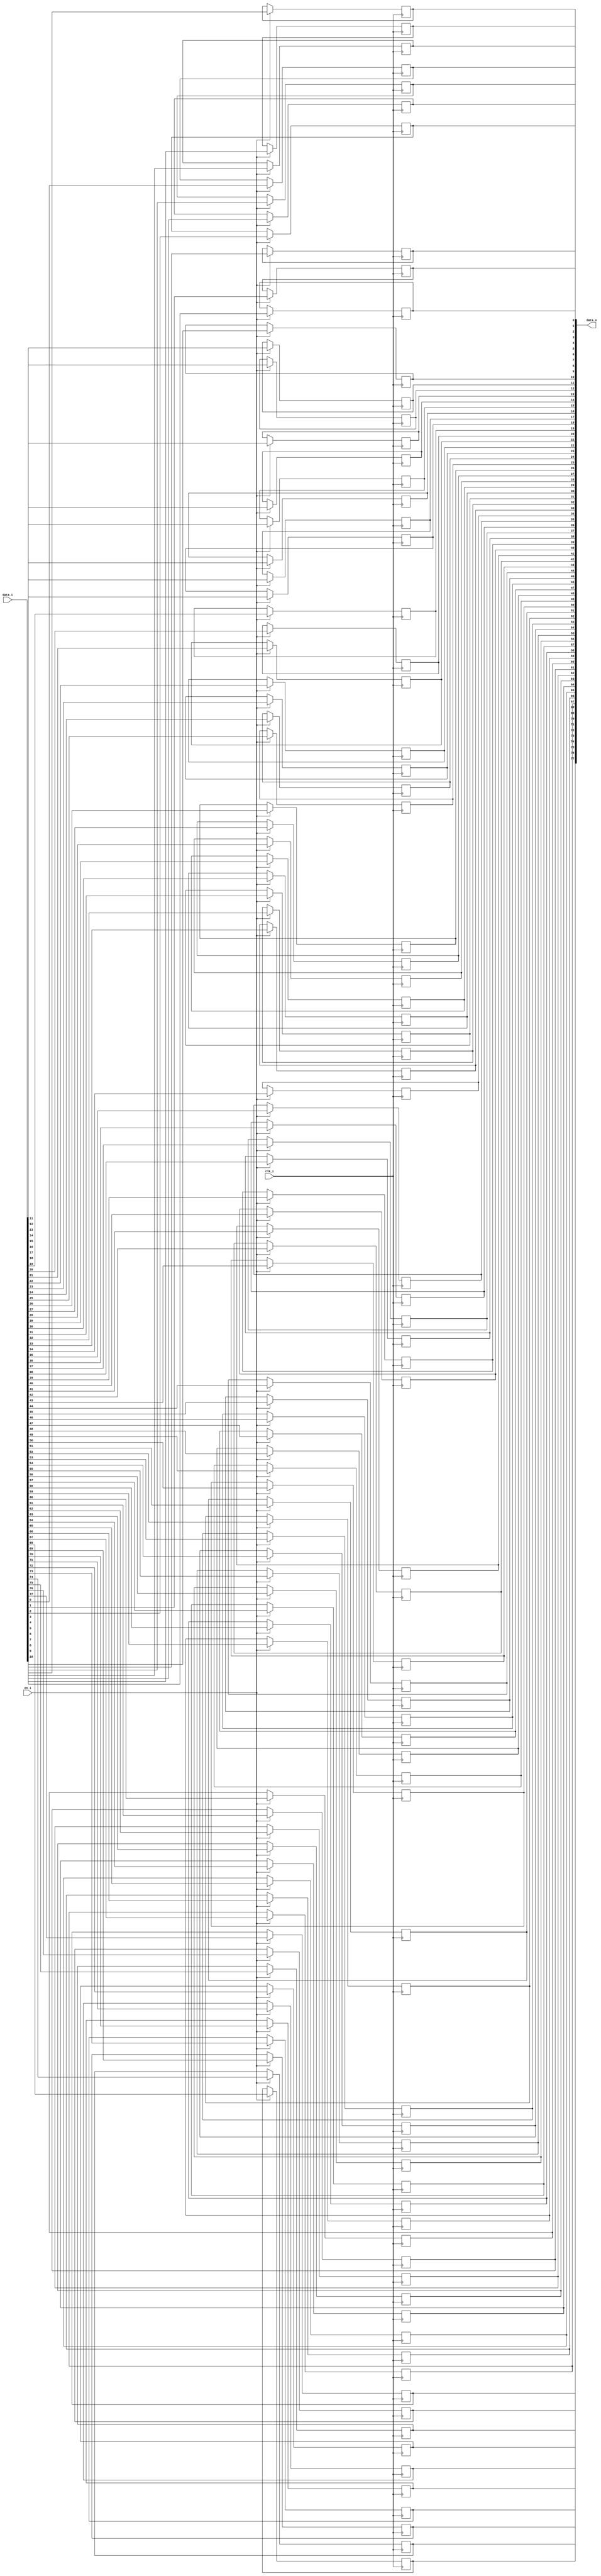
// This program was cloned from: https://github.com/NYU-MLDA/OpenABC
// License: BSD 3-Clause "New" or "Revised" License

module bsg_dff_en_width_p78
(
  clk_i,
  data_i,
  en_i,
  data_o
);

  input [77:0] data_i;
  output [77:0] data_o;
  input clk_i;
  input en_i;
  wire [77:0] data_o;
  reg data_o_77_sv2v_reg,data_o_76_sv2v_reg,data_o_75_sv2v_reg,data_o_74_sv2v_reg,
  data_o_73_sv2v_reg,data_o_72_sv2v_reg,data_o_71_sv2v_reg,data_o_70_sv2v_reg,
  data_o_69_sv2v_reg,data_o_68_sv2v_reg,data_o_67_sv2v_reg,data_o_66_sv2v_reg,
  data_o_65_sv2v_reg,data_o_64_sv2v_reg,data_o_63_sv2v_reg,data_o_62_sv2v_reg,
  data_o_61_sv2v_reg,data_o_60_sv2v_reg,data_o_59_sv2v_reg,data_o_58_sv2v_reg,data_o_57_sv2v_reg,
  data_o_56_sv2v_reg,data_o_55_sv2v_reg,data_o_54_sv2v_reg,data_o_53_sv2v_reg,
  data_o_52_sv2v_reg,data_o_51_sv2v_reg,data_o_50_sv2v_reg,data_o_49_sv2v_reg,
  data_o_48_sv2v_reg,data_o_47_sv2v_reg,data_o_46_sv2v_reg,data_o_45_sv2v_reg,
  data_o_44_sv2v_reg,data_o_43_sv2v_reg,data_o_42_sv2v_reg,data_o_41_sv2v_reg,
  data_o_40_sv2v_reg,data_o_39_sv2v_reg,data_o_38_sv2v_reg,data_o_37_sv2v_reg,data_o_36_sv2v_reg,
  data_o_35_sv2v_reg,data_o_34_sv2v_reg,data_o_33_sv2v_reg,data_o_32_sv2v_reg,
  data_o_31_sv2v_reg,data_o_30_sv2v_reg,data_o_29_sv2v_reg,data_o_28_sv2v_reg,
  data_o_27_sv2v_reg,data_o_26_sv2v_reg,data_o_25_sv2v_reg,data_o_24_sv2v_reg,
  data_o_23_sv2v_reg,data_o_22_sv2v_reg,data_o_21_sv2v_reg,data_o_20_sv2v_reg,
  data_o_19_sv2v_reg,data_o_18_sv2v_reg,data_o_17_sv2v_reg,data_o_16_sv2v_reg,data_o_15_sv2v_reg,
  data_o_14_sv2v_reg,data_o_13_sv2v_reg,data_o_12_sv2v_reg,data_o_11_sv2v_reg,
  data_o_10_sv2v_reg,data_o_9_sv2v_reg,data_o_8_sv2v_reg,data_o_7_sv2v_reg,
  data_o_6_sv2v_reg,data_o_5_sv2v_reg,data_o_4_sv2v_reg,data_o_3_sv2v_reg,data_o_2_sv2v_reg,
  data_o_1_sv2v_reg,data_o_0_sv2v_reg;
  assign data_o[77] = data_o_77_sv2v_reg;
  assign data_o[76] = data_o_76_sv2v_reg;
  assign data_o[75] = data_o_75_sv2v_reg;
  assign data_o[74] = data_o_74_sv2v_reg;
  assign data_o[73] = data_o_73_sv2v_reg;
  assign data_o[72] = data_o_72_sv2v_reg;
  assign data_o[71] = data_o_71_sv2v_reg;
  assign data_o[70] = data_o_70_sv2v_reg;
  assign data_o[69] = data_o_69_sv2v_reg;
  assign data_o[68] = data_o_68_sv2v_reg;
  assign data_o[67] = data_o_67_sv2v_reg;
  assign data_o[66] = data_o_66_sv2v_reg;
  assign data_o[65] = data_o_65_sv2v_reg;
  assign data_o[64] = data_o_64_sv2v_reg;
  assign data_o[63] = data_o_63_sv2v_reg;
  assign data_o[62] = data_o_62_sv2v_reg;
  assign data_o[61] = data_o_61_sv2v_reg;
  assign data_o[60] = data_o_60_sv2v_reg;
  assign data_o[59] = data_o_59_sv2v_reg;
  assign data_o[58] = data_o_58_sv2v_reg;
  assign data_o[57] = data_o_57_sv2v_reg;
  assign data_o[56] = data_o_56_sv2v_reg;
  assign data_o[55] = data_o_55_sv2v_reg;
  assign data_o[54] = data_o_54_sv2v_reg;
  assign data_o[53] = data_o_53_sv2v_reg;
  assign data_o[52] = data_o_52_sv2v_reg;
  assign data_o[51] = data_o_51_sv2v_reg;
  assign data_o[50] = data_o_50_sv2v_reg;
  assign data_o[49] = data_o_49_sv2v_reg;
  assign data_o[48] = data_o_48_sv2v_reg;
  assign data_o[47] = data_o_47_sv2v_reg;
  assign data_o[46] = data_o_46_sv2v_reg;
  assign data_o[45] = data_o_45_sv2v_reg;
  assign data_o[44] = data_o_44_sv2v_reg;
  assign data_o[43] = data_o_43_sv2v_reg;
  assign data_o[42] = data_o_42_sv2v_reg;
  assign data_o[41] = data_o_41_sv2v_reg;
  assign data_o[40] = data_o_40_sv2v_reg;
  assign data_o[39] = data_o_39_sv2v_reg;
  assign data_o[38] = data_o_38_sv2v_reg;
  assign data_o[37] = data_o_37_sv2v_reg;
  assign data_o[36] = data_o_36_sv2v_reg;
  assign data_o[35] = data_o_35_sv2v_reg;
  assign data_o[34] = data_o_34_sv2v_reg;
  assign data_o[33] = data_o_33_sv2v_reg;
  assign data_o[32] = data_o_32_sv2v_reg;
  assign data_o[31] = data_o_31_sv2v_reg;
  assign data_o[30] = data_o_30_sv2v_reg;
  assign data_o[29] = data_o_29_sv2v_reg;
  assign data_o[28] = data_o_28_sv2v_reg;
  assign data_o[27] = data_o_27_sv2v_reg;
  assign data_o[26] = data_o_26_sv2v_reg;
  assign data_o[25] = data_o_25_sv2v_reg;
  assign data_o[24] = data_o_24_sv2v_reg;
  assign data_o[23] = data_o_23_sv2v_reg;
  assign data_o[22] = data_o_22_sv2v_reg;
  assign data_o[21] = data_o_21_sv2v_reg;
  assign data_o[20] = data_o_20_sv2v_reg;
  assign data_o[19] = data_o_19_sv2v_reg;
  assign data_o[18] = data_o_18_sv2v_reg;
  assign data_o[17] = data_o_17_sv2v_reg;
  assign data_o[16] = data_o_16_sv2v_reg;
  assign data_o[15] = data_o_15_sv2v_reg;
  assign data_o[14] = data_o_14_sv2v_reg;
  assign data_o[13] = data_o_13_sv2v_reg;
  assign data_o[12] = data_o_12_sv2v_reg;
  assign data_o[11] = data_o_11_sv2v_reg;
  assign data_o[10] = data_o_10_sv2v_reg;
  assign data_o[9] = data_o_9_sv2v_reg;
  assign data_o[8] = data_o_8_sv2v_reg;
  assign data_o[7] = data_o_7_sv2v_reg;
  assign data_o[6] = data_o_6_sv2v_reg;
  assign data_o[5] = data_o_5_sv2v_reg;
  assign data_o[4] = data_o_4_sv2v_reg;
  assign data_o[3] = data_o_3_sv2v_reg;
  assign data_o[2] = data_o_2_sv2v_reg;
  assign data_o[1] = data_o_1_sv2v_reg;
  assign data_o[0] = data_o_0_sv2v_reg;

  always @(posedge clk_i) begin
    if(en_i) begin
      data_o_77_sv2v_reg <= data_i[77];
    end 
  end


  always @(posedge clk_i) begin
    if(en_i) begin
      data_o_76_sv2v_reg <= data_i[76];
    end 
  end


  always @(posedge clk_i) begin
    if(en_i) begin
      data_o_75_sv2v_reg <= data_i[75];
    end 
  end


  always @(posedge clk_i) begin
    if(en_i) begin
      data_o_74_sv2v_reg <= data_i[74];
    end 
  end


  always @(posedge clk_i) begin
    if(en_i) begin
      data_o_73_sv2v_reg <= data_i[73];
    end 
  end


  always @(posedge clk_i) begin
    if(en_i) begin
      data_o_72_sv2v_reg <= data_i[72];
    end 
  end


  always @(posedge clk_i) begin
    if(en_i) begin
      data_o_71_sv2v_reg <= data_i[71];
    end 
  end


  always @(posedge clk_i) begin
    if(en_i) begin
      data_o_70_sv2v_reg <= data_i[70];
    end 
  end


  always @(posedge clk_i) begin
    if(en_i) begin
      data_o_69_sv2v_reg <= data_i[69];
    end 
  end


  always @(posedge clk_i) begin
    if(en_i) begin
      data_o_68_sv2v_reg <= data_i[68];
    end 
  end


  always @(posedge clk_i) begin
    if(en_i) begin
      data_o_67_sv2v_reg <= data_i[67];
    end 
  end


  always @(posedge clk_i) begin
    if(en_i) begin
      data_o_66_sv2v_reg <= data_i[66];
    end 
  end


  always @(posedge clk_i) begin
    if(en_i) begin
      data_o_65_sv2v_reg <= data_i[65];
    end 
  end


  always @(posedge clk_i) begin
    if(en_i) begin
      data_o_64_sv2v_reg <= data_i[64];
    end 
  end


  always @(posedge clk_i) begin
    if(en_i) begin
      data_o_63_sv2v_reg <= data_i[63];
    end 
  end


  always @(posedge clk_i) begin
    if(en_i) begin
      data_o_62_sv2v_reg <= data_i[62];
    end 
  end


  always @(posedge clk_i) begin
    if(en_i) begin
      data_o_61_sv2v_reg <= data_i[61];
    end 
  end


  always @(posedge clk_i) begin
    if(en_i) begin
      data_o_60_sv2v_reg <= data_i[60];
    end 
  end


  always @(posedge clk_i) begin
    if(en_i) begin
      data_o_59_sv2v_reg <= data_i[59];
    end 
  end


  always @(posedge clk_i) begin
    if(en_i) begin
      data_o_58_sv2v_reg <= data_i[58];
    end 
  end


  always @(posedge clk_i) begin
    if(en_i) begin
      data_o_57_sv2v_reg <= data_i[57];
    end 
  end


  always @(posedge clk_i) begin
    if(en_i) begin
      data_o_56_sv2v_reg <= data_i[56];
    end 
  end


  always @(posedge clk_i) begin
    if(en_i) begin
      data_o_55_sv2v_reg <= data_i[55];
    end 
  end


  always @(posedge clk_i) begin
    if(en_i) begin
      data_o_54_sv2v_reg <= data_i[54];
    end 
  end


  always @(posedge clk_i) begin
    if(en_i) begin
      data_o_53_sv2v_reg <= data_i[53];
    end 
  end


  always @(posedge clk_i) begin
    if(en_i) begin
      data_o_52_sv2v_reg <= data_i[52];
    end 
  end


  always @(posedge clk_i) begin
    if(en_i) begin
      data_o_51_sv2v_reg <= data_i[51];
    end 
  end


  always @(posedge clk_i) begin
    if(en_i) begin
      data_o_50_sv2v_reg <= data_i[50];
    end 
  end


  always @(posedge clk_i) begin
    if(en_i) begin
      data_o_49_sv2v_reg <= data_i[49];
    end 
  end


  always @(posedge clk_i) begin
    if(en_i) begin
      data_o_48_sv2v_reg <= data_i[48];
    end 
  end


  always @(posedge clk_i) begin
    if(en_i) begin
      data_o_47_sv2v_reg <= data_i[47];
    end 
  end


  always @(posedge clk_i) begin
    if(en_i) begin
      data_o_46_sv2v_reg <= data_i[46];
    end 
  end


  always @(posedge clk_i) begin
    if(en_i) begin
      data_o_45_sv2v_reg <= data_i[45];
    end 
  end


  always @(posedge clk_i) begin
    if(en_i) begin
      data_o_44_sv2v_reg <= data_i[44];
    end 
  end


  always @(posedge clk_i) begin
    if(en_i) begin
      data_o_43_sv2v_reg <= data_i[43];
    end 
  end


  always @(posedge clk_i) begin
    if(en_i) begin
      data_o_42_sv2v_reg <= data_i[42];
    end 
  end


  always @(posedge clk_i) begin
    if(en_i) begin
      data_o_41_sv2v_reg <= data_i[41];
    end 
  end


  always @(posedge clk_i) begin
    if(en_i) begin
      data_o_40_sv2v_reg <= data_i[40];
    end 
  end


  always @(posedge clk_i) begin
    if(en_i) begin
      data_o_39_sv2v_reg <= data_i[39];
    end 
  end


  always @(posedge clk_i) begin
    if(en_i) begin
      data_o_38_sv2v_reg <= data_i[38];
    end 
  end


  always @(posedge clk_i) begin
    if(en_i) begin
      data_o_37_sv2v_reg <= data_i[37];
    end 
  end


  always @(posedge clk_i) begin
    if(en_i) begin
      data_o_36_sv2v_reg <= data_i[36];
    end 
  end


  always @(posedge clk_i) begin
    if(en_i) begin
      data_o_35_sv2v_reg <= data_i[35];
    end 
  end


  always @(posedge clk_i) begin
    if(en_i) begin
      data_o_34_sv2v_reg <= data_i[34];
    end 
  end


  always @(posedge clk_i) begin
    if(en_i) begin
      data_o_33_sv2v_reg <= data_i[33];
    end 
  end


  always @(posedge clk_i) begin
    if(en_i) begin
      data_o_32_sv2v_reg <= data_i[32];
    end 
  end


  always @(posedge clk_i) begin
    if(en_i) begin
      data_o_31_sv2v_reg <= data_i[31];
    end 
  end


  always @(posedge clk_i) begin
    if(en_i) begin
      data_o_30_sv2v_reg <= data_i[30];
    end 
  end


  always @(posedge clk_i) begin
    if(en_i) begin
      data_o_29_sv2v_reg <= data_i[29];
    end 
  end


  always @(posedge clk_i) begin
    if(en_i) begin
      data_o_28_sv2v_reg <= data_i[28];
    end 
  end


  always @(posedge clk_i) begin
    if(en_i) begin
      data_o_27_sv2v_reg <= data_i[27];
    end 
  end


  always @(posedge clk_i) begin
    if(en_i) begin
      data_o_26_sv2v_reg <= data_i[26];
    end 
  end


  always @(posedge clk_i) begin
    if(en_i) begin
      data_o_25_sv2v_reg <= data_i[25];
    end 
  end


  always @(posedge clk_i) begin
    if(en_i) begin
      data_o_24_sv2v_reg <= data_i[24];
    end 
  end


  always @(posedge clk_i) begin
    if(en_i) begin
      data_o_23_sv2v_reg <= data_i[23];
    end 
  end


  always @(posedge clk_i) begin
    if(en_i) begin
      data_o_22_sv2v_reg <= data_i[22];
    end 
  end


  always @(posedge clk_i) begin
    if(en_i) begin
      data_o_21_sv2v_reg <= data_i[21];
    end 
  end


  always @(posedge clk_i) begin
    if(en_i) begin
      data_o_20_sv2v_reg <= data_i[20];
    end 
  end


  always @(posedge clk_i) begin
    if(en_i) begin
      data_o_19_sv2v_reg <= data_i[19];
    end 
  end


  always @(posedge clk_i) begin
    if(en_i) begin
      data_o_18_sv2v_reg <= data_i[18];
    end 
  end


  always @(posedge clk_i) begin
    if(en_i) begin
      data_o_17_sv2v_reg <= data_i[17];
    end 
  end


  always @(posedge clk_i) begin
    if(en_i) begin
      data_o_16_sv2v_reg <= data_i[16];
    end 
  end


  always @(posedge clk_i) begin
    if(en_i) begin
      data_o_15_sv2v_reg <= data_i[15];
    end 
  end


  always @(posedge clk_i) begin
    if(en_i) begin
      data_o_14_sv2v_reg <= data_i[14];
    end 
  end


  always @(posedge clk_i) begin
    if(en_i) begin
      data_o_13_sv2v_reg <= data_i[13];
    end 
  end


  always @(posedge clk_i) begin
    if(en_i) begin
      data_o_12_sv2v_reg <= data_i[12];
    end 
  end


  always @(posedge clk_i) begin
    if(en_i) begin
      data_o_11_sv2v_reg <= data_i[11];
    end 
  end


  always @(posedge clk_i) begin
    if(en_i) begin
      data_o_10_sv2v_reg <= data_i[10];
    end 
  end


  always @(posedge clk_i) begin
    if(en_i) begin
      data_o_9_sv2v_reg <= data_i[9];
    end 
  end


  always @(posedge clk_i) begin
    if(en_i) begin
      data_o_8_sv2v_reg <= data_i[8];
    end 
  end


  always @(posedge clk_i) begin
    if(en_i) begin
      data_o_7_sv2v_reg <= data_i[7];
    end 
  end


  always @(posedge clk_i) begin
    if(en_i) begin
      data_o_6_sv2v_reg <= data_i[6];
    end 
  end


  always @(posedge clk_i) begin
    if(en_i) begin
      data_o_5_sv2v_reg <= data_i[5];
    end 
  end


  always @(posedge clk_i) begin
    if(en_i) begin
      data_o_4_sv2v_reg <= data_i[4];
    end 
  end


  always @(posedge clk_i) begin
    if(en_i) begin
      data_o_3_sv2v_reg <= data_i[3];
    end 
  end


  always @(posedge clk_i) begin
    if(en_i) begin
      data_o_2_sv2v_reg <= data_i[2];
    end 
  end


  always @(posedge clk_i) begin
    if(en_i) begin
      data_o_1_sv2v_reg <= data_i[1];
    end 
  end


  always @(posedge clk_i) begin
    if(en_i) begin
      data_o_0_sv2v_reg <= data_i[0];
    end 
  end


endmodule